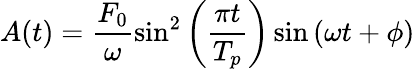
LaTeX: A(t)=\frac{F_{0}}{\omega}\sin^{2}\left(\frac{\pi t}{T_{p}}\right)\sin\left(\omega t+\phi\right)